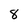
Character: 8